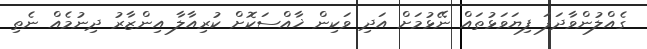
ގެއްލުންވާދަފަ ފިޔަވަޅުތައް ނޭޅުމަށް އަދި ވަކިން ޚާއްސަކޮށް ކުރިއާލާ އިންޒާރު ދިނުމެއް ނެތި